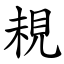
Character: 䙿